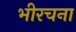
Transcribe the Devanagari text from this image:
भीरचना